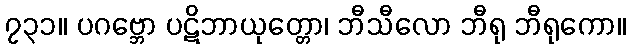
၇၃၁။ ပဂဗ္ဘော ပဋိဘာယုတ္တော၊ ဘီသီလော ဘီရု ဘီရုကော။